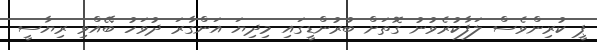
ޕީ ކުރިންވެސް ލަފާކުރެވުނު ގޮތަށް ބުރުންޑީގައި މިދިޔަ އަންގާރަ ދުވަހު ބޭއްވި ރިޔާސީ